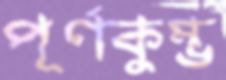
পূর্ণকুম্ভ